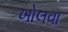
ખોલવા